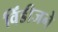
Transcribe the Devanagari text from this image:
विंडीजने